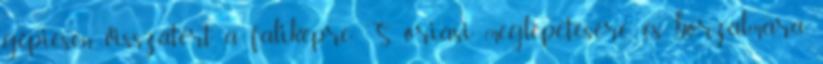
gépiesen visszatért a faliképre. S óriási meglepetésére és borzalmára